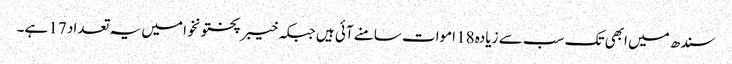
سندھ میں ابھی تک سب سے زیادہ 18 اموات سامنے آئی ہیں جبکہ خیبرپختونخوا میں یہ تعداد 17 ہے۔